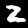
Digit: 2